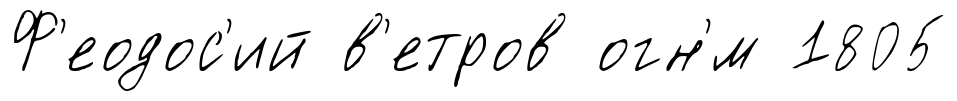
Ф'еодос'ий в'етров огн'́м 1805